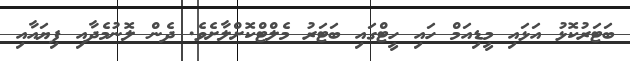
ބަޓަރުކޮޅު އަޅައި މީޑިއަމް ހައި ހީޓްގައި ބަޓަރު މެލްޓްކޮށްލާށެވެ. ދެން ލޮނުމެދާއި ފިޔައާއި